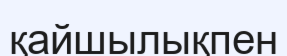
қайшылықпен